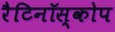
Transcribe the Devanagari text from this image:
रैटिनॉस्कोप